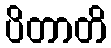
ပိတာတိ